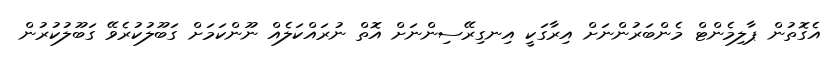
އެގޮތުން ޕާލިމެންޓް މެންބަރުންނަށް އިރާގަކީ އިނގިރޭސިންނަށް އޮތް ނުރައްކަލެއް ނޫންކަމަށް ގަބޫލުކުރެވޭ ގަބޫލުކުރުން